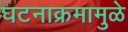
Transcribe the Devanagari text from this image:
घटनाक्रमामुळे